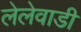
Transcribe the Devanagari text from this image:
लेलेवाडी